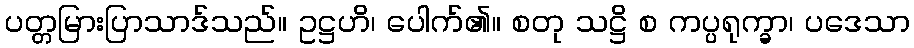
ပတ္တမြားပြာသာဒ်သည်။ ဥဋ္ဌဟိ၊ ပေါက်၏။ စတု သဋ္ဌိ စ ကပ္ပရုက္ခာ၊ ပဒေသာ